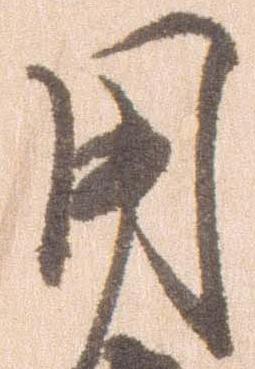
用